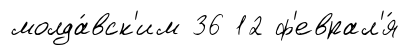
молда́вск'им 36 12 ф'еврал'я́